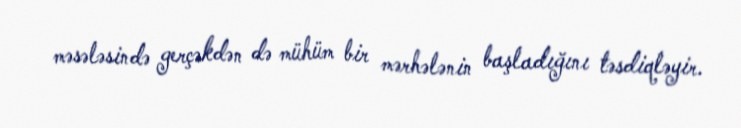
məsələsində gerçəkdən də mühüm bir mərhələnin başladığını təsdiqləyir.